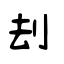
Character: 刦